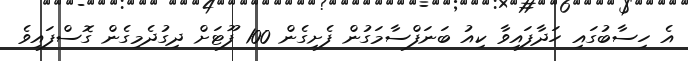
އެ ހިސާބުގައި ހަދާފައިވާ ކިއު ބަނަފްސާމަގުން ފެށިގެން 100 ފޫޓަށް ދިގުދެމިގެން ގޮސްފައިވެ